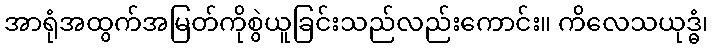
အာရုံအထွက်အမြတ်ကိုစွဲယူခြင်းသည်လည်းကောင်း။ ကိလေသယုဒ္ဓံ၊